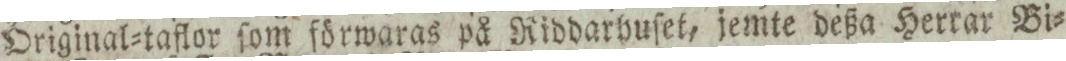
Original=taflor ſom förwaras på Riddarhuſet, jemte deßa Hertar Bi=